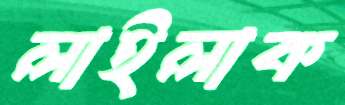
লাইলাক